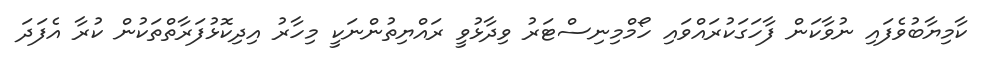
ކާމިޔާބުވެފައި ނުވާކަން ފާހަގަކުރައްވައި ހޯމްމިނިސްޓަރު ވިދާޅުވީ ރައްޔިތުންނަކީ މިހާރު އިދިކޮޅުފަރާތްތަކުން ކުރާ އެފަދަ